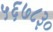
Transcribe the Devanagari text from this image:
५६७८३०